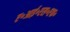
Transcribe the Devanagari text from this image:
ए॰आई॰एस॰एफ॰